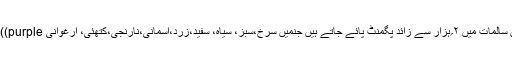
غذائی نباتات کے رنگین سالمات میں ۲؍ہزار سے زائد پگمنٹ پائے جاتے ہیں جنمیں سرخ،سبز، سیاہ، سفید،زرد،آسمانی،نارنجی،کتھئی، ارغوانی purple)) اور خاکی قابل ذکر ہیں۔